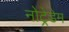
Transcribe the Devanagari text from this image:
नोट्रेडेम